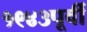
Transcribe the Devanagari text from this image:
१९४३पूर्वी